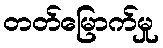
တတ်မြောက်မှု